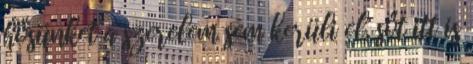
hősünket a szerelem sem kerüli el, sőt itt is